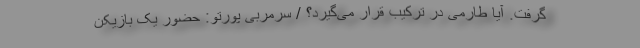
گرفت. آیا طارمی در ترکیب قرار می‌گیرد؟ / سرمربی پورتو: حضور یک بازیکن